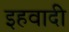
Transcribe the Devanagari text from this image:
इहवादी